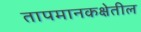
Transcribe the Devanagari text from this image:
तापमानकक्षेतील